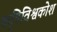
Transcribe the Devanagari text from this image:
कृषिविश्वकोश